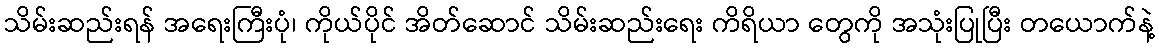
သိမ်းဆည်းရန် အရေးကြီးပုံ၊ ကိုယ်ပိုင် အိတ်ဆောင် သိမ်းဆည်းရေး ကိရိယာ တွေကို အသုံးပြုပြီး တယောက်နဲ့